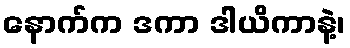
နောက်က ဒကာ ဒါယိကာနဲ့၊